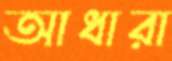
আধারা